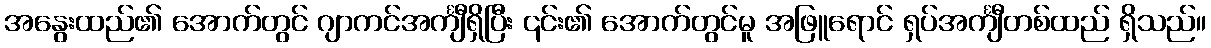
အနွေးထည်၏ အောက်တွင် ဂျာကင်အင်္ကျီရှိပြီး ၎င်း၏ အောက်တွင်မူ အဖြူရောင် ရှပ်အင်္ကျီတစ်ထည် ရှိသည်။